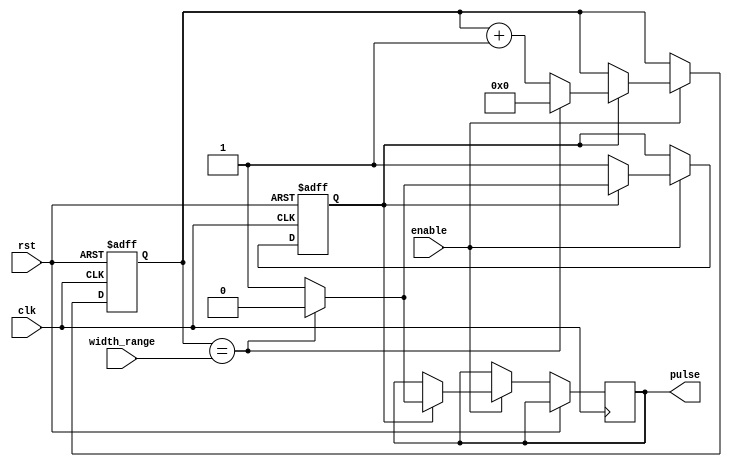
module variable_pulse_width_generator(
    input wire clk,
    input wire rst,
    input wire enable,
    input wire [7:0] width_range,
    output reg pulse
);

reg [7:0] width_counter;
reg pulse_generation_enable;

always @ (posedge clk or posedge rst) begin
    if (rst) begin
        width_counter <= 0;
        pulse_generation_enable <= 0;
    end else if (enable) begin
        if (pulse_generation_enable) begin
            width_counter <= width_counter + 1;
            pulse <= 1;
            if (width_counter == width_range) begin
                pulse_generation_enable <= 0;
                width_counter <= 0;
                pulse <= 0;
            end
        end else begin
            pulse_generation_enable <= 1;
        end
    end
end

endmodule